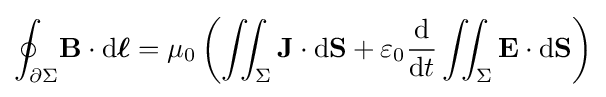
{\begin{aligned}\oint _{\partial \Sigma }&\mathbf {B} \cdot \mathrm {d} {\boldsymbol {\ell }}=\mu _{0}\left(\iint _{\Sigma }\mathbf {J} \cdot \mathrm {d} \mathbf {S} +\varepsilon _{0}{\frac {\mathrm {d} }{\mathrm {d} t}}\iint _{\Sigma }\mathbf {E} \cdot \mathrm {d} \mathbf {S} \right)\\\end{aligned}}